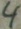
Text: 4